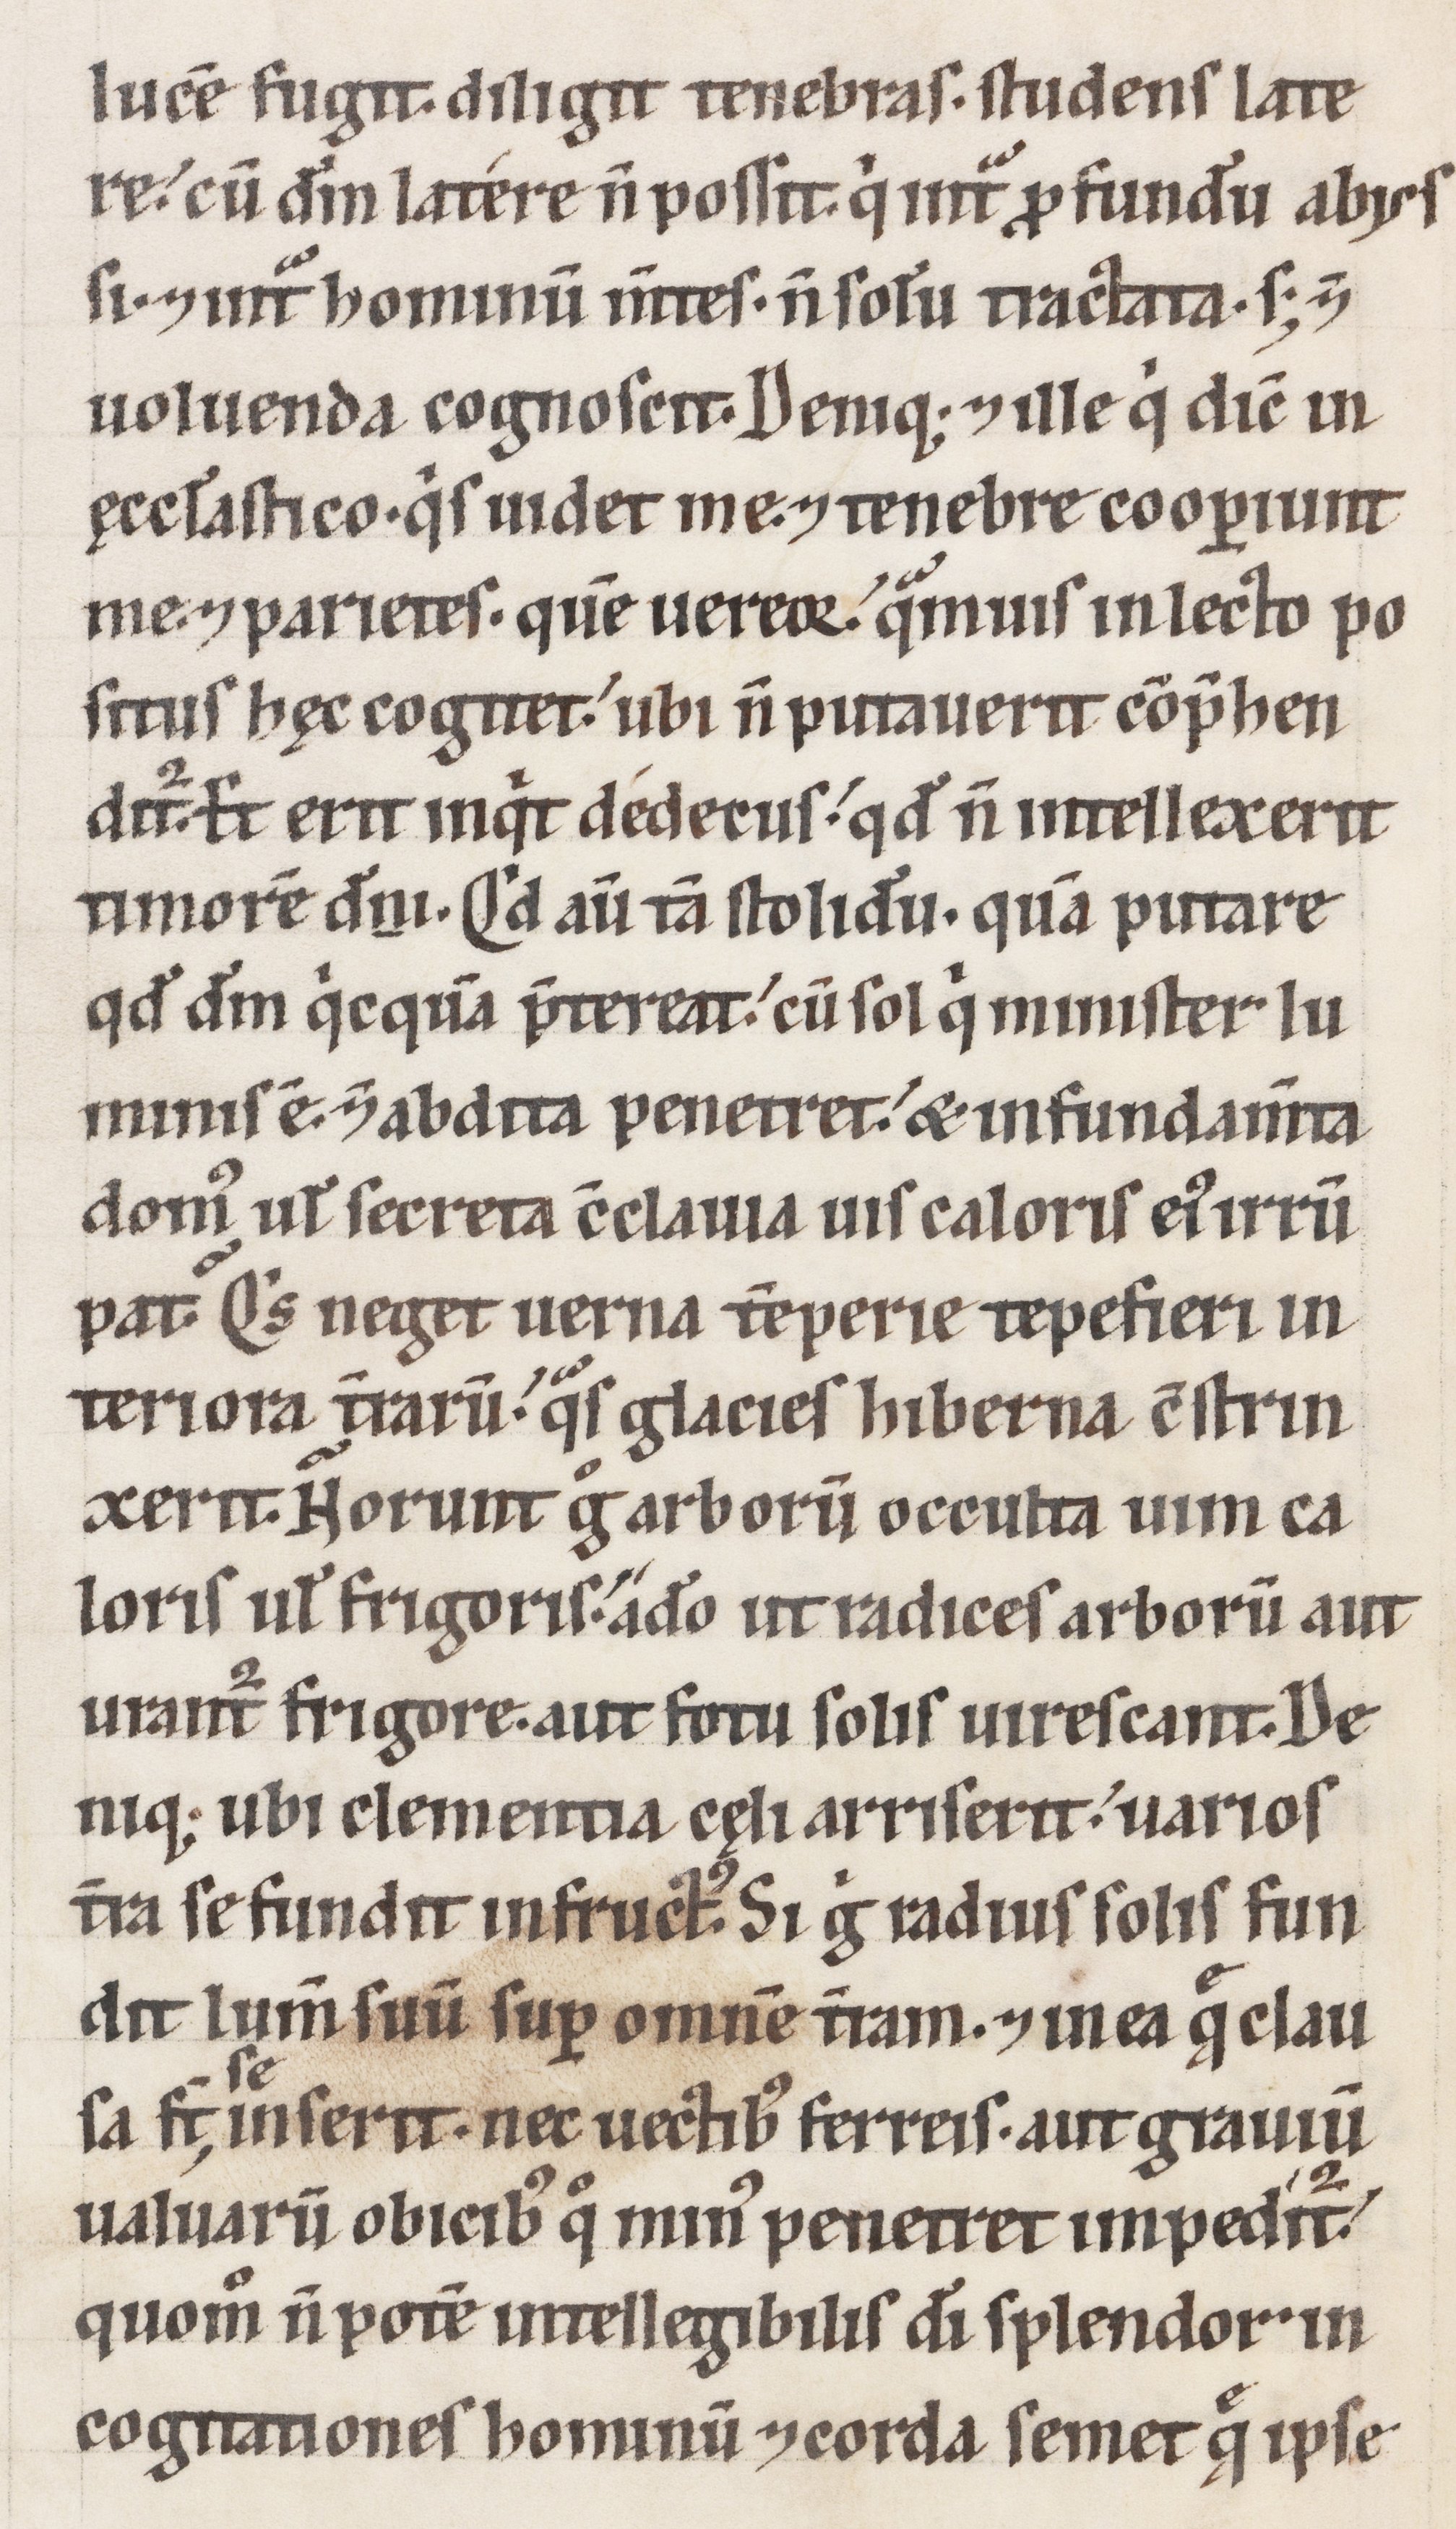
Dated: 1100–1199